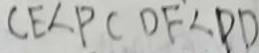
C E < P C D F < P D